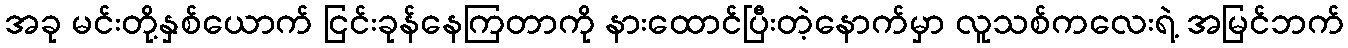
အခု မင်းတို့နှစ်ယောက် ငြင်းခုန်နေကြတာကို နားထောင်ပြီးတဲ့နောက်မှာ လူသစ်ကလေးရဲ့ အမြင်ဘက်